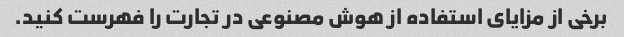
برخی از مزایای استفاده از هوش مصنوعی در تجارت را فهرست کنید.